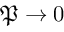
\mathfrak { P } \to 0